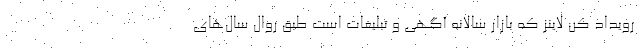
رویداد کن لاینز که بازار سالانه آگهی و تبلیغات است طبق روال سال‌های